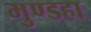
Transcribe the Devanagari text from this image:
मुण्डहा